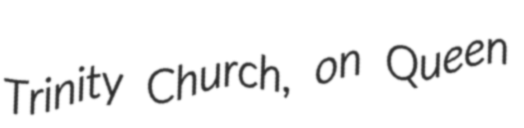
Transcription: Trinity Church, on Queen